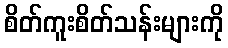
စိတ်ကူးစိတ်သန်းများကို